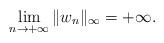
LaTeX: \begin{align*}\lim_{n\to+\infty}\|w_n\|_\infty=+\infty.\end{align*}